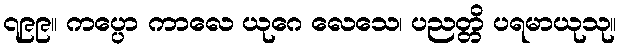
၇၉၉။ ကပ္ပော ကာလေ ယုဂေ လေသေ၊ ပညတ္တိ ပရမာယုသု။